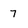
Character: 7